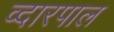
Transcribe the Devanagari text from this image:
व्दारपाल